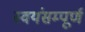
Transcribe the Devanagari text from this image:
स्वयंसम्पूर्ण